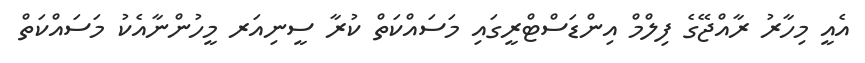
އެއީ މިހާރު ރާއްޖޭގެ ފިލްމް އިންޑަސްޓްރީގައި މަސައްކަތް ކުރާ ސީނިއަރ މީހުންނާއެކު މަސައްކަތް